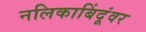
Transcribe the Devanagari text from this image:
नलिकाबिंदूंवर